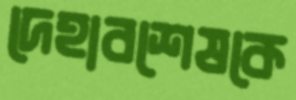
দেহাবশেষকে